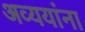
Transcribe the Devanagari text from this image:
अव्ययांना